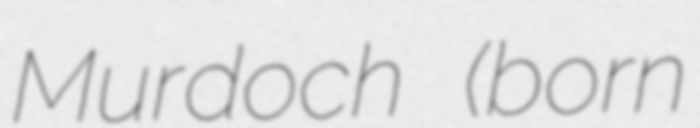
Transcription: Murdoch (born